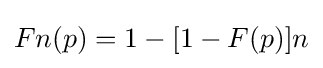
Fn(p)=1-[1-F(p)]n